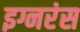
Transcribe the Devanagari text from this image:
इग्नरंस